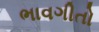
ભાવગીતો